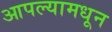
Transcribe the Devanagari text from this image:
आपल्यामधून